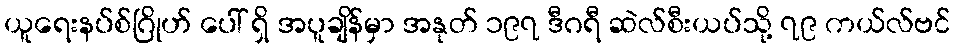
ယူရေးနပ်စ်ဂြိုဟ် ပေါ် ရှိ အပူချိန်မှာ အနုတ် ၁၉၇ ဒီဂရီ ဆဲလ်စီးယပ်သို့ ၇၉ ကယ်လ်ဗင်